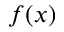
f ( x )